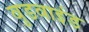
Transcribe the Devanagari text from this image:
वुडवाइंड